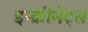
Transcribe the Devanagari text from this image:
इन्‍क्रीमेंट्‌स